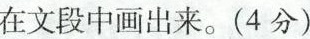
在文段中画出来。（4分）